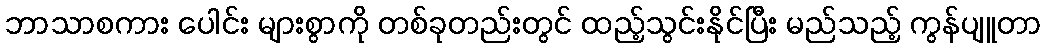
ဘာသာစကား ပေါင်း များစွာကို တစ်ခုတည်းတွင် ထည့်သွင်းနိုင်ပြီး မည်သည့် ကွန်ပျူတာ